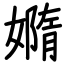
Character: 嫷